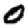
Digit: 0